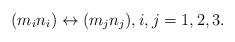
LaTeX: \begin{align*}\begin{array}{lcr}(m_in_i) \leftrightarrow (m_jn_j) , i, j =1, 2, 3 .\end{array}\end{align*}